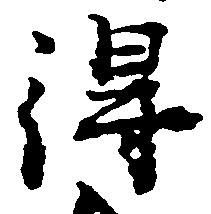
得